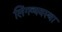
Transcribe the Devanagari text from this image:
लिंगव्यवस्था